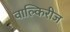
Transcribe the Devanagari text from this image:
वाल्किरीज